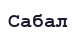
Сабал